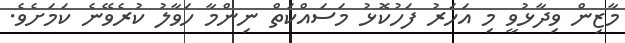
މާޒިން ވިދާޅުވީ މި އަހަރު ފަހުކޮޅު މަސައްކަތް ނިންމާ ހަވާލު ކުރެވޭނެ ކަމަށެވެ.